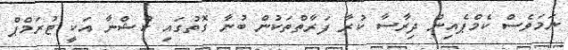
ނަމަވެސް ކެމްޕެއިން ދިރާސާ ކުރާ ފަރާތްތަކުން ބުނާ ގޮތުގައި ކުޝްނާ އަކީ ޓުރަމްޕް